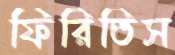
ফিরিতিস